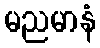
မညမာနံ